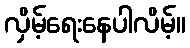
လှိမ့်ရေးနေပါလိမ့်။